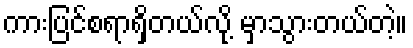
ကားပြင်စရာရှိတယ်လို့ မှာသွားတယ်တဲ့။